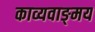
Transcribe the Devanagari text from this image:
काव्यवाङ्‌मय